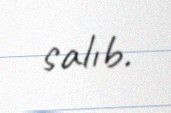
salıb.